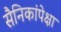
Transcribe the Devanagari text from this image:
सैनिकांपेक्षा